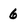
Character: 6